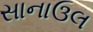
સાનાઉલ